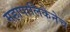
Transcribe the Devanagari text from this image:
महापालिकेनेच